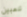
تلعبين